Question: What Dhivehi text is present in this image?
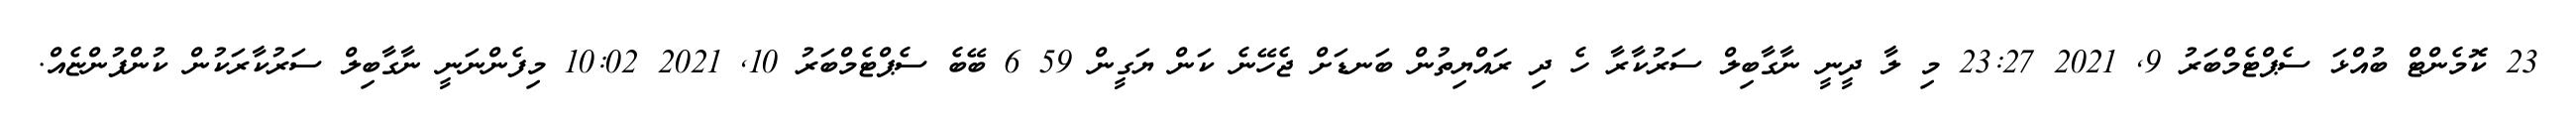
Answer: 23 ކޮމެންޓް ބުއްޅަ ސެޕްޓެމްބަރު 9, 2021 23:27 މި ލާ ދީނީ ނާގާބިލް ސަރުކާރާ ހެ ދި ރައްޔިތުން ބަނޑަށް ޖެހޭނެ ކަން ޔަގީން 59 6 ބޭބެ ސެޕްޓެމްބަރު 10, 2021 10:02 މިފެންނަނީ ނާގާބިލް ސަރުކާރަކުން ކުންފުންޏެއް.